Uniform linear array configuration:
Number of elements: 24
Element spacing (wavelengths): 0.25
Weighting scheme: hamming
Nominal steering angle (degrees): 45
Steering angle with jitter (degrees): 44.598
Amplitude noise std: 0.05
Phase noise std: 0.05

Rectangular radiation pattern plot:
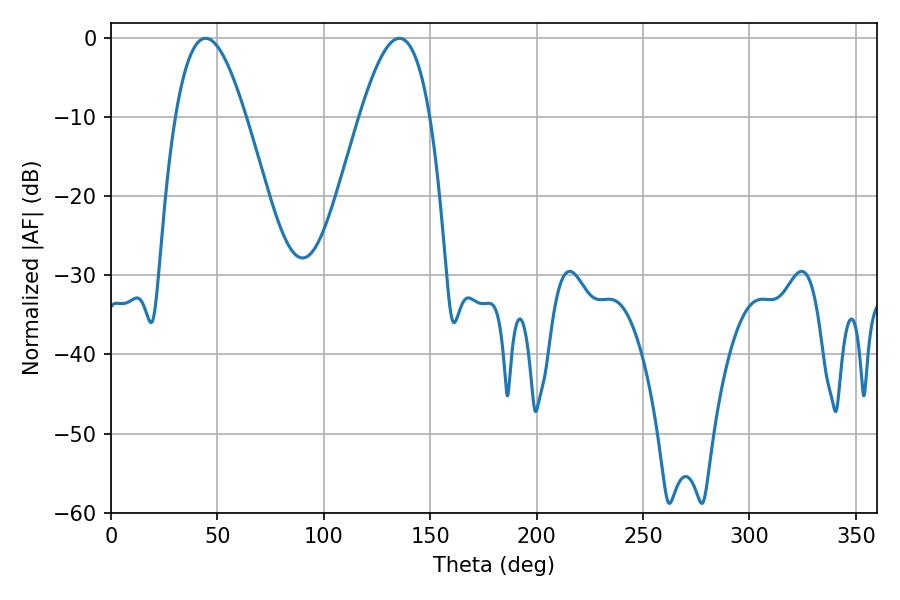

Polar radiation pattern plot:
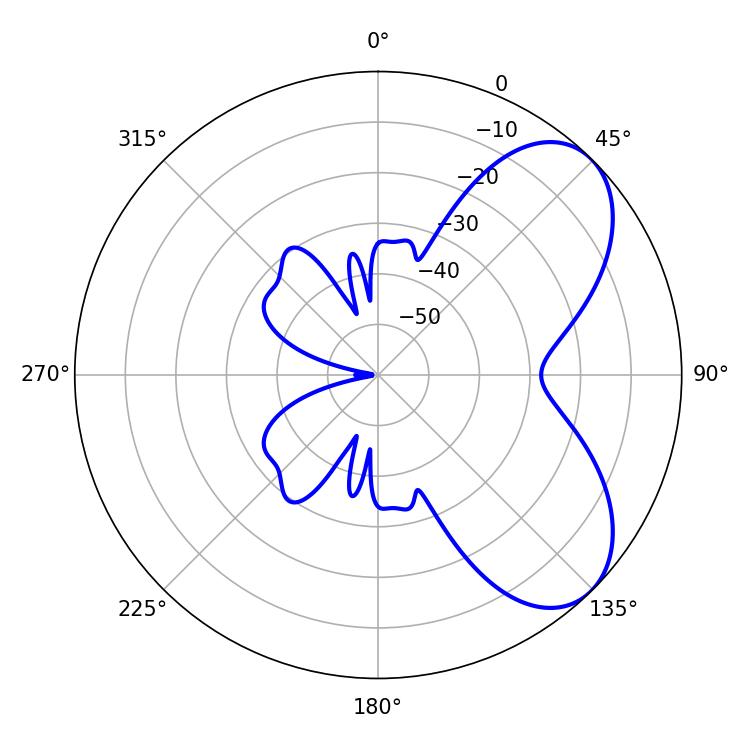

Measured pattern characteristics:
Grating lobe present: FALSE
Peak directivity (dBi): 6.154
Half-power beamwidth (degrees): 18
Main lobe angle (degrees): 44.46